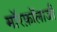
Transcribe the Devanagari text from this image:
मॉरफ़ॉलाजी